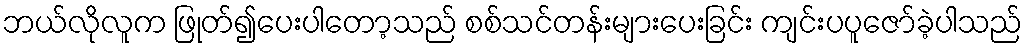
ဘယ်လိုလူက ဖြုတ်၍ပေးပါတော့သည် စစ်သင်တန်းများပေးခြင်း ကျင်းပပူဇော်ခဲ့ပါသည်